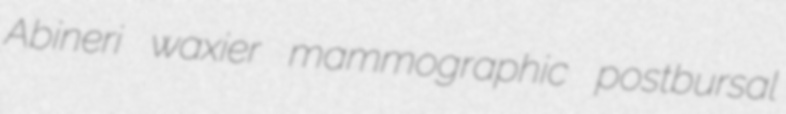
Abineri waxier mammographic postbursal